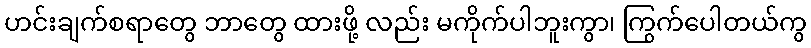
ဟင်းချက်စရာတွေ ဘာတွေ ထားဖို့ လည်း မကိုက်ပါဘူးကွာ၊ ကြွက်ပေါတယ်ကွ